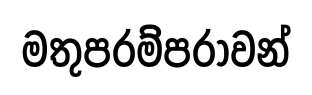
මතුපරම්පරාවන්